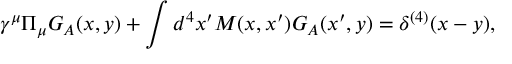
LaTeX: \gamma ^ { \mu } \Pi _ { \mu } G _ { A } ( x , y ) + \int d ^ { 4 } x ^ { \prime } M ( x , x ^ { \prime } ) G _ { A } ( x ^ { \prime } , y ) = \delta ^ { ( 4 ) } ( x - y ) ,